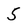
Character: 5